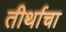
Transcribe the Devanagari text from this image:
तीर्थाचा